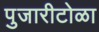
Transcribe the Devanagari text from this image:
पुजारीटोळा